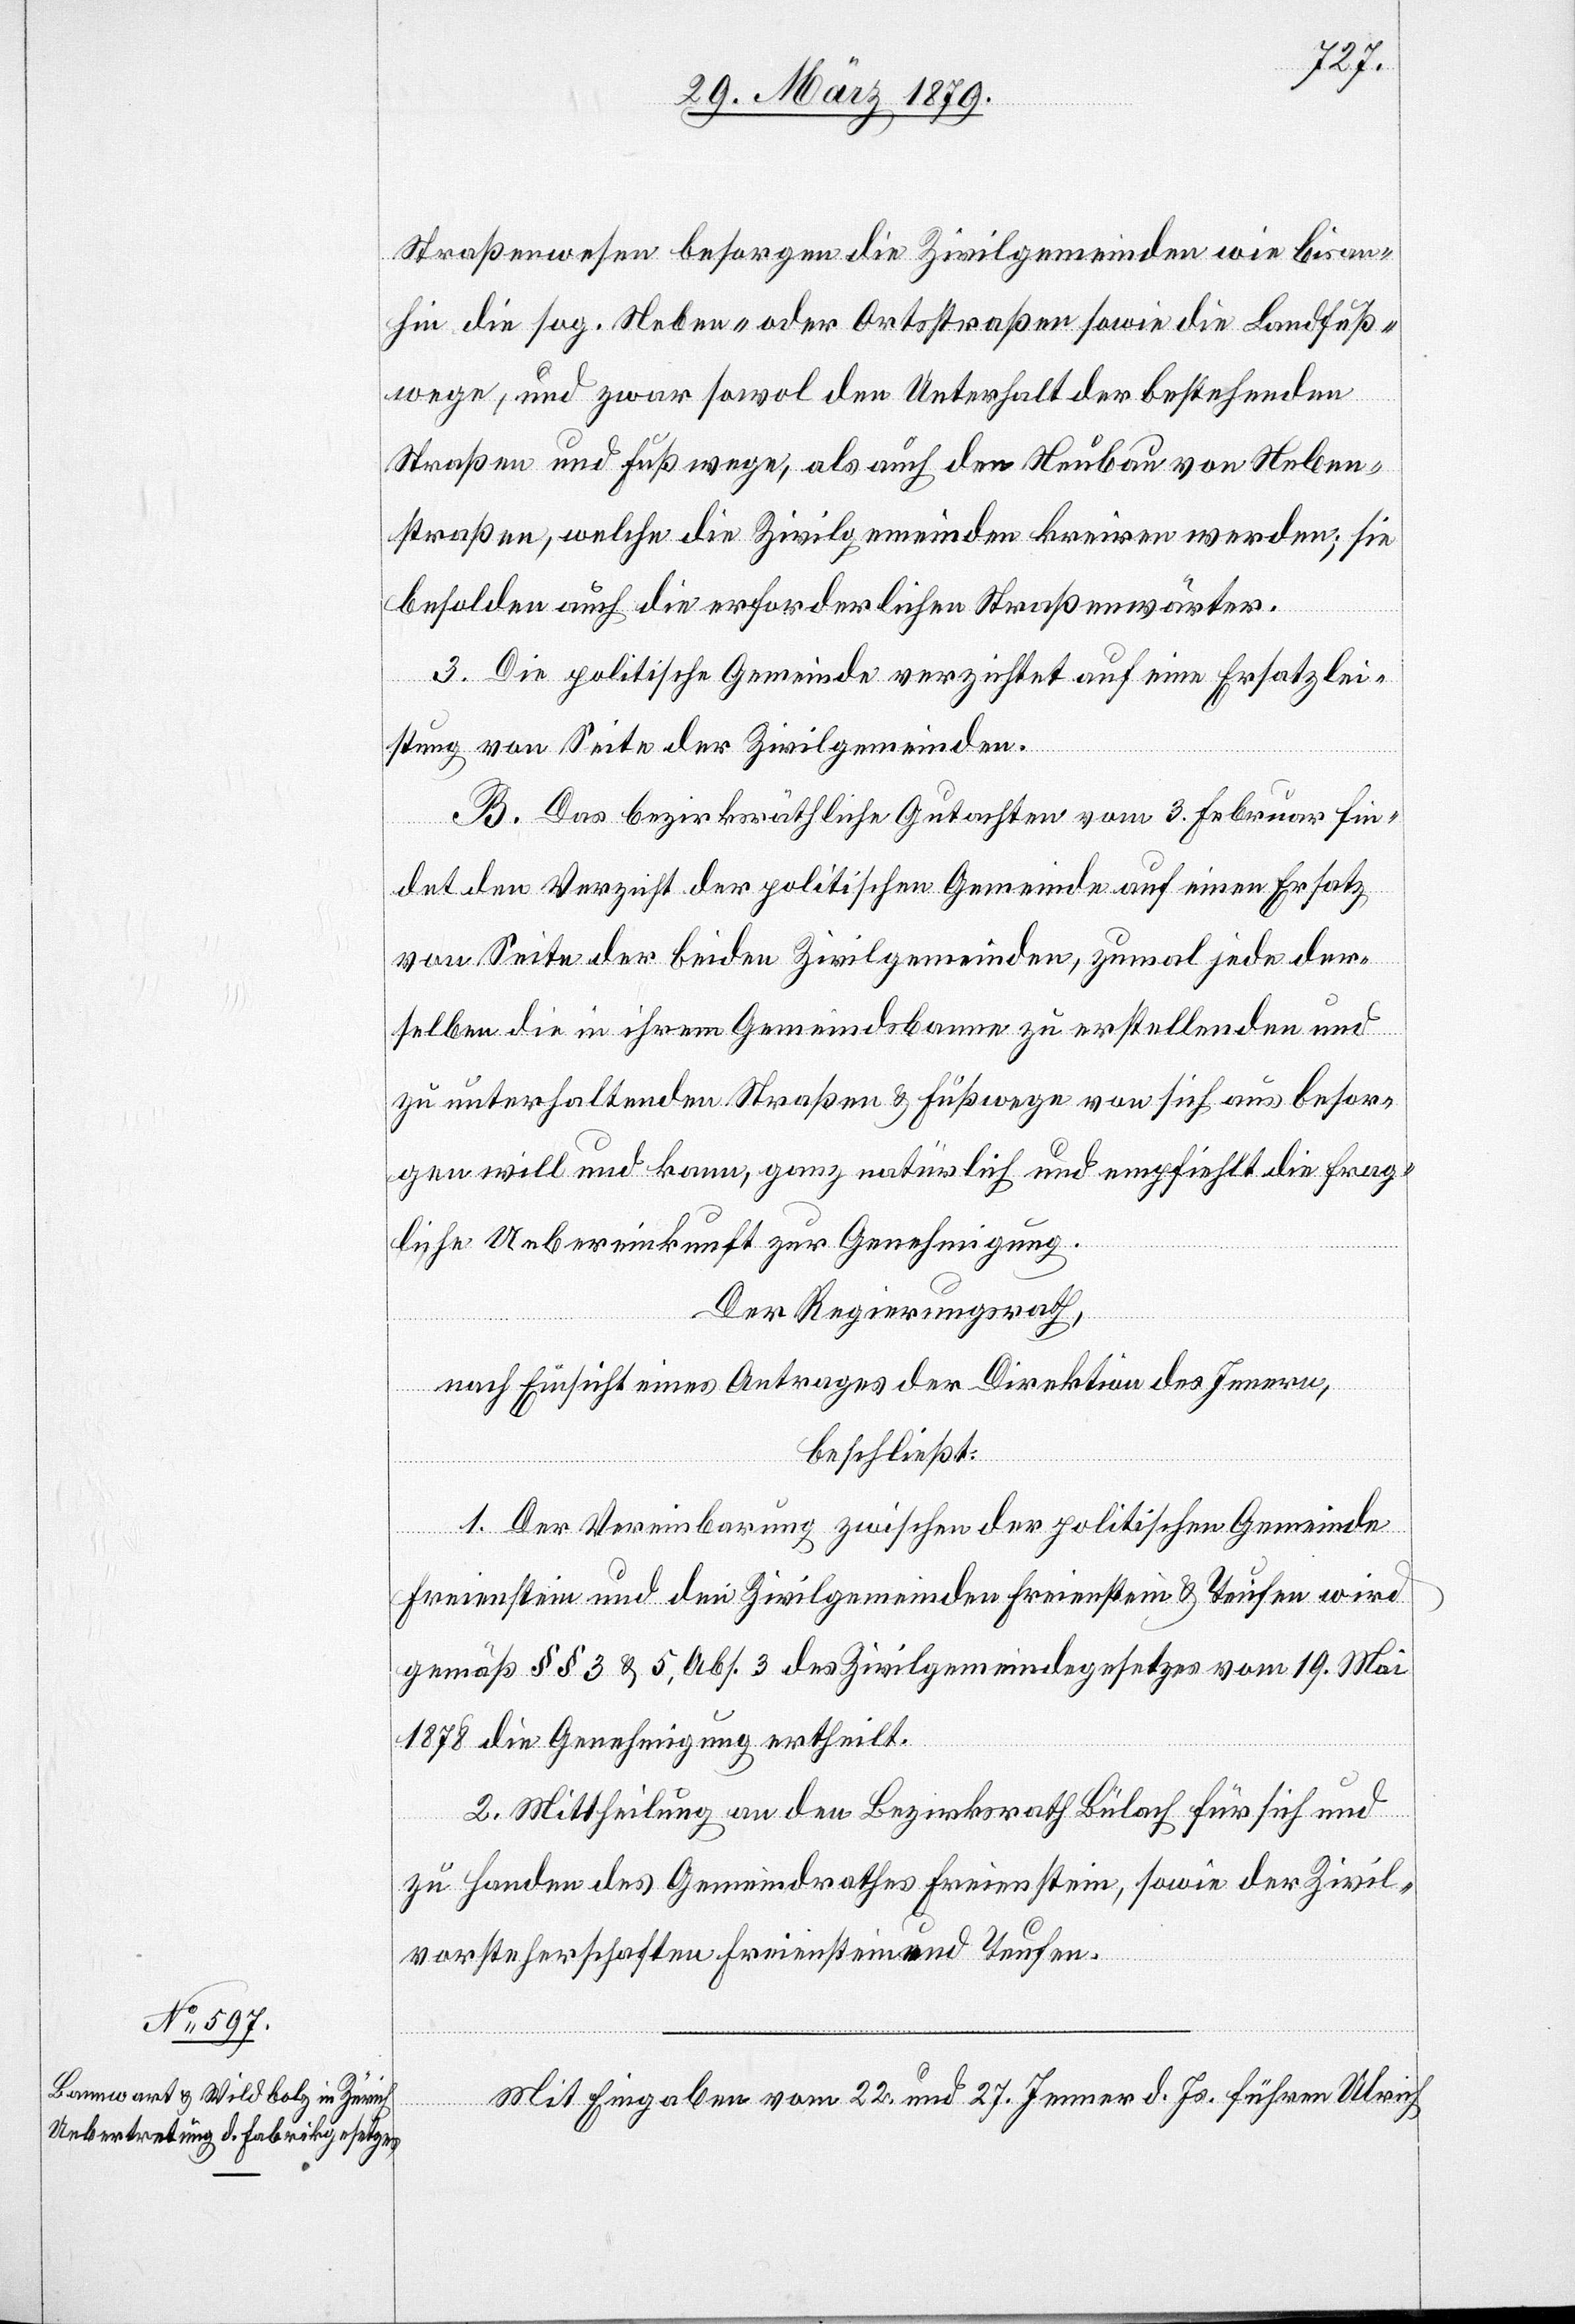
Straßenwesen besorgen die Zivilgemeinden wie bis an¬
hin die sog. Neben- oder Ortsstraßen sowie die Landfuß¬
wege, und zwar sowol den Unterhalt der bestehenden
Straßen und Fußwege, als auch den Neubau von Neben¬
straßen, welche die Zivilgemeinden kreiren werden; sie
besolden auch die erforderlichen Straßenwärter.
3. Die politische Gemeinde verzichtet auf eine Ersatzlei¬
stung von Seite der Zivilgemeinden.
B. Das bezirksräthliche Gutachten vom 3. Februar fin¬
det den Verzicht der politischen Gemeinde auf einen Ersatz
von Seite der beiden Zivilgemeinden, zumal jede der¬
selben die in ihrem Gemeindsbanne zu erstellenden und
zu unterhaltenden Straßen & Fußwege von sich aus besor¬
gen will und kann, ganz natürlich und empfiehlt die frag¬
liche Uebereinkunft zur Genehmigung.
Der Regierungsrath,
nach Einsicht eines Antrages der Direktion des Innern,
beschließt:
1. Der Vereinbarung zwischen der politischen Gemeinde
Freienstein und den Zivilgemeinden Freienstein & Teufen wird
gemäß §§ 3 & 5, Abs. 3 des Zivilgemeindegesetzes vom 19. Mai
1878 die Genehmigung ertheilt.
2. Mittheilung an den Bezirksrath Bülach für sich und
zu Handen des Gemeindrathes Freienstein, sowie der Zivil¬
vorsteherschaften Freienstein und Teufen.
Mit Eingaben vom 22. und 27. Jenner d. Js. führen Ulrich